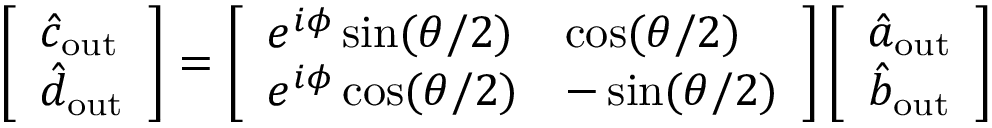
\left[ \begin{array} { l } { \hat { c } _ { \mathrm { o u t } } } \\ { \hat { d } _ { \mathrm { o u t } } } \end{array} \right] = \left[ \begin{array} { l l } { e ^ { i \phi } \sin ( \theta / 2 ) } & { \cos ( \theta / 2 ) } \\ { e ^ { i \phi } \cos ( \theta / 2 ) } & { - \sin ( \theta / 2 ) } \end{array} \right] \left[ \begin{array} { l } { \hat { a } _ { \mathrm { o u t } } } \\ { \hat { b } _ { \mathrm { o u t } } } \end{array} \right]